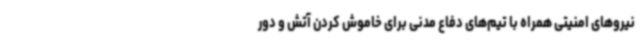
نیروهای امنیتی همراه با تیم‌های دفاع مدنی برای خاموش کردن آتش و دور